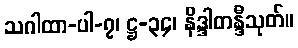
သဂါထာ-ပါ-၇၊ ဋ္ဌ-၃၄၊ နိဒ္ဒါတန္ဒီသုတ်။